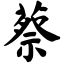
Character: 蔡